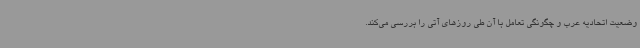
وضعیت اتحادیه عرب و چگونگی تعامل با آن طی روزهای آتی را بررسی می‌کند.